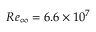
R e _ { \infty } = 6 . 6 \times 1 0 ^ { 7 }